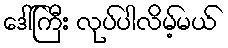
ဒေါ်ကြီး လုပ်ပါလိမ့်မယ်